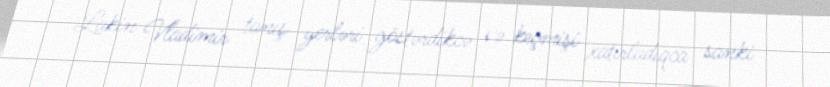
Lakin Vladimir tanış yerləri göstərdikcə və keçmişi xatırladıqca sanki